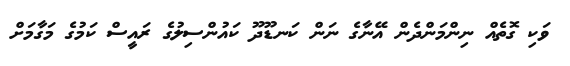
ވަކި ގޮތެއް ނިންމަންދެން އޭނާގެ ނަން ކަނޑޫދޫ ކައުންސިލުގެ ރައީސް ކަމުގެ މަގާމަށް